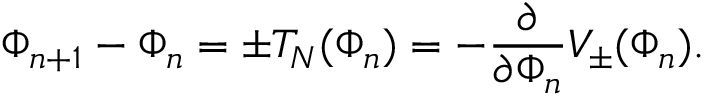
\Phi _ { n + 1 } - \Phi _ { n } = \pm T _ { N } ( \Phi _ { n } ) = - \frac { \partial } { \partial \Phi _ { n } } V _ { \pm } ( \Phi _ { n } ) .